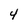
Character: 4